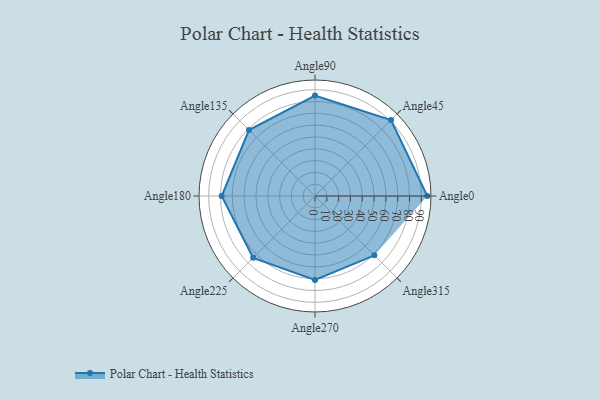
{"axis": {"x": "Angle", "y": "Radius"}, "legend": [""], "data": [{"x": "Angle0", "y": 95.0, "type": ""}, {"x": "Angle45", "y": 91.0, "type": ""}, {"x": "Angle90", "y": 85.0, "type": ""}, {"x": "Angle135", "y": 79.0, "type": ""}, {"x": "Angle180", "y": 79.0, "type": ""}, {"x": "Angle225", "y": 74.0, "type": ""}, {"x": "Angle270", "y": 71.0, "type": ""}, {"x": "Angle315", "y": 71.0, "type": ""}]}